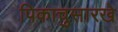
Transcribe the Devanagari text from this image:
पिकाचुसारखे